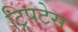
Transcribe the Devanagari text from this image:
ट्रिपटेस